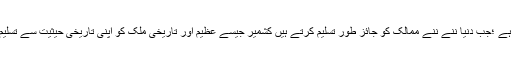
نا امیدی کی کوئی گنجايش نہیں ہے ؛جب دنیا ننے ننے ممالک کو جائز طور تسلیم کرتے ہیں کشمیر جیسے عظیم اور تاریخی ملک کو اپنی تاریخی حیثیت سے تسلیم نہ کرنا کیسے ممکن نہیں ہے ۔